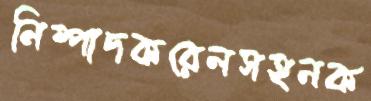
নিষ্পাদকরেলসহনক